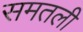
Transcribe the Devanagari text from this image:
समतली